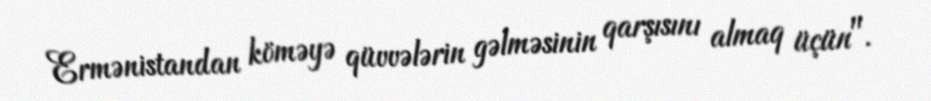
Ermənistandan köməyə qüvvələrin gəlməsinin qarşısını almaq üçün".